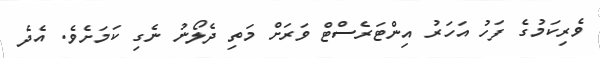
ވެރިކަމުގެ ފަހު އަހަރު އިންޓަރެސްޓް ވަރަށް މަތި ދެލޯނު ނެގި ކަމަށެވެ. އެދެ